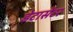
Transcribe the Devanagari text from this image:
डेटासेंटर